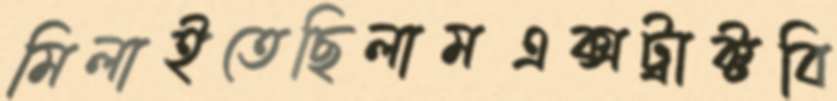
মিলাইতেছিলামএক্সট্রাক্টবি